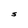
Character: S